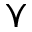
\curlyvee